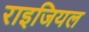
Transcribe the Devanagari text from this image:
राइजियल